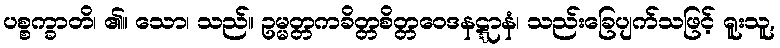
ပစ္စက္ခာတိ၊ ၏။ သော၊ သည်။ ဥမ္မတ္တကခိတ္တစိတ္တဝေဒနဋ္ဋာနံ၊ သည်းခြေပျက်သဖြင့် ရူးသူ,